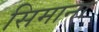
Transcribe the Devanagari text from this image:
सिमाना